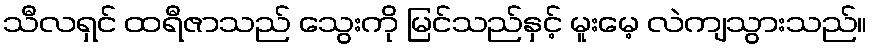
သီလရှင် ထရီဇာသည် သွေးကို မြင်သည်နှင့် မူးမေ့ လဲကျသွားသည်။